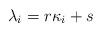
LaTeX: \begin{align*}\lambda_i = r \kappa_i + s \end{align*}